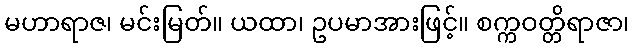
မဟာရာဇ၊ မင်းမြတ်။ ယထာ၊ ဥပမာအားဖြင့်။ စက္ကဝတ္တိရာဇာ၊